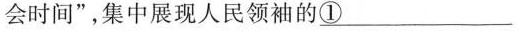
会时间”,集中展现人民领袖的\underline{①}